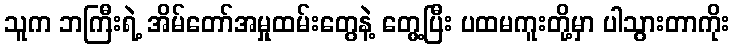
သူက ဘကြီးရဲ့ အိမ်တော်အမှုထမ်းတွေနဲ့ တွေ့ပြီး ပထမကူးတို့မှာ ပါသွားတာကိုး